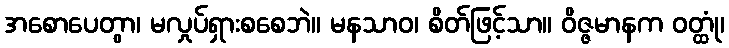
အစောပေတွာ၊ မလှုပ်ရှားစစေဘဲ။ မနသာဝ၊ စိတ်ဖြင့်သာ။ ဝိဇ္ဇမာနက ဝတ္ထုံ၊